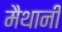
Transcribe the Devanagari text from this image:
मैथानी